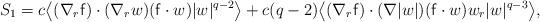
LaTeX: \begin{align*}S_{1}=c \big\langle (\nabla_r \mathsf{f}) \cdot (\nabla_r w) (\mathsf{f} \cdot w)|w|^{q-2}\big\rangle & + c(q-2)\big\langle (\nabla_r\mathsf{f}) \cdot (\nabla|w|) (\mathsf{f} \cdot w) w_r|w|^{q-3}\big\rangle, \end{align*}